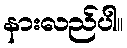
နားလည်ပါ။